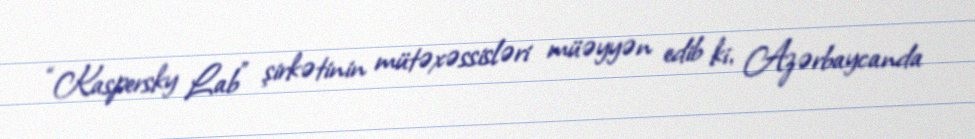
“Kaspersky Lab” şirkətinin mütəxəssisləri müəyyən edib ki, Azərbaycanda